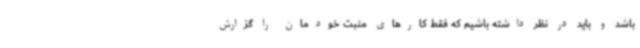
باشد و باید در نظر داشته باشیم که فقط کارهای مثبت خودمان را گزارش